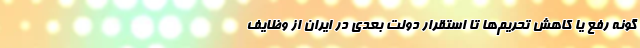
گونه رفع یا کاهش تحریم‌ها تا استقرار دولت بعدی در ایران از وظایف